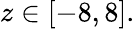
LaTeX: z\in[-8,8].